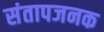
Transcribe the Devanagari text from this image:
संतापजनक